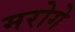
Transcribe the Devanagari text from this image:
मरोगे